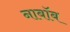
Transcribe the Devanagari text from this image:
नाबॉब